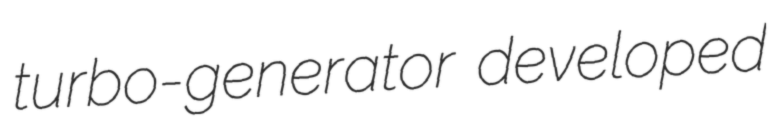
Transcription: turbo-generator developed